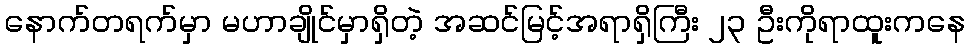
နောက်တရက်မှာ မဟာချိုင်မှာရှိတဲ့ အဆင်မြင့်အရာရှိကြီး ၂၃ ဦးကိုရာထူးကနေ